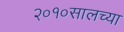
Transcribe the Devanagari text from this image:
२०१०सालच्या